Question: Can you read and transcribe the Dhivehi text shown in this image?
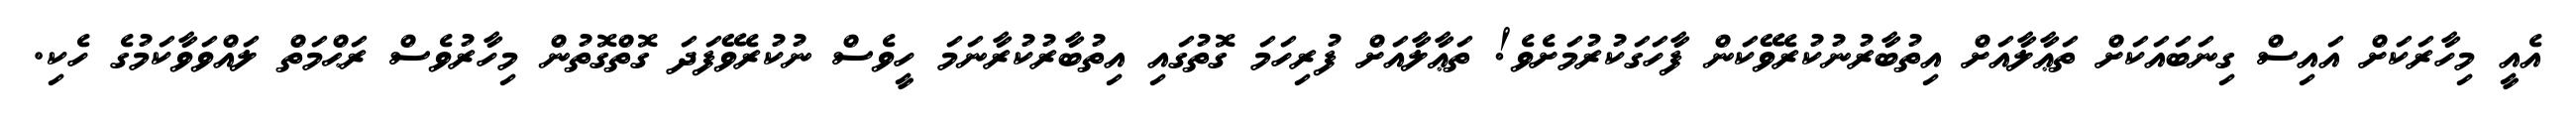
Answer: އެއީ މިހާރަކަށް އައިސް ގިނަބައަކަށް ތަޢާލާއަށް އިތުބާރުނުކުރެވޭކަން ފާހަގަކުރުމަށެވެ! ތަޢާލާއަށް ފުރިހަމަ ގޮތުގައި އިތުބާރުކުރާނަމަ ހީވެސް ނުކުރެވޭފަދަ ގޮތްގޮތުން މިހާރުވެސް ރަޙްމަތް ލައްވަވާކަމުގެ ހެކި.